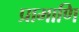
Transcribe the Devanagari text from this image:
प्रामाणि